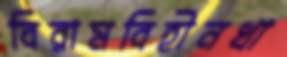
বিরামবিহীনখা